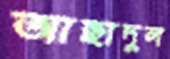
আছাদুল